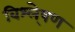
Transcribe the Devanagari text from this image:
विश्ले्षण